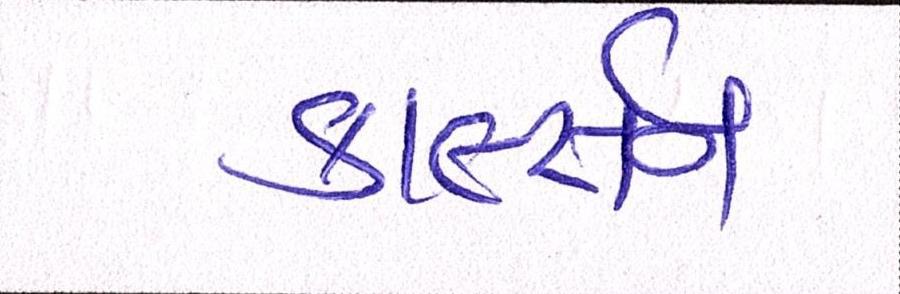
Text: કાર્લ્સન